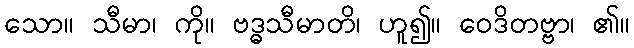
သော။ သီမာ၊ ကို။ ဗဒ္ဓသီမာတိ၊ ဟူ၍။ ဝေဒိတဗ္ဗာ၊ ၏။